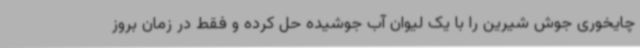
چایخوری جوش شیرین را با یک لیوان آب جوشیده حل کرده و فقط در زمان بروز